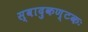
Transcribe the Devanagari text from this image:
स्वादुकण्टकः